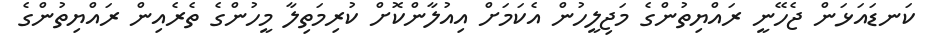
ކަނޑައަޅަން ޖެހޭނީ ރައްޔިތުންގެ މަޖިލީހުން އެކަމަށް އިއުލާންކޮށް ކުރިމަތިލާ މީހުންގެ ތެރެއިން ރައްޔިތުުންގެ